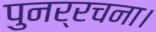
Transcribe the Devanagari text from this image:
पुनर्रचना।